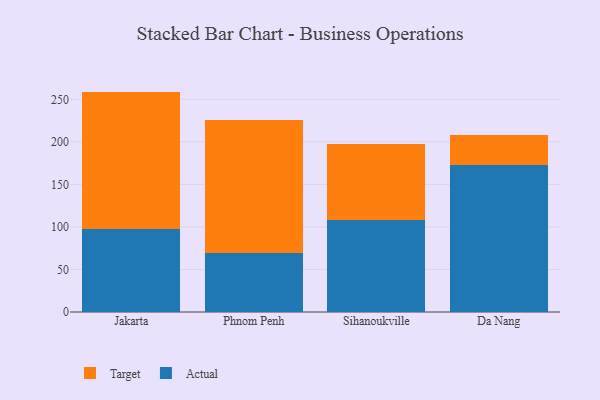
{"axis": {"x": "City", "y": "Active Users"}, "legend": ["Actual", "Target"], "data": [{"x": "Jakarta", "y": 97.2, "type": "Actual"}, {"x": "Jakarta", "y": 161.9, "type": "Target"}, {"x": "Phnom Penh", "y": 68.8, "type": "Actual"}, {"x": "Phnom Penh", "y": 157.1, "type": "Target"}, {"x": "Sihanoukville", "y": 108.7, "type": "Actual"}, {"x": "Sihanoukville", "y": 88.7, "type": "Target"}, {"x": "Da Nang", "y": 173.1, "type": "Actual"}, {"x": "Da Nang", "y": 34.4, "type": "Target"}]}